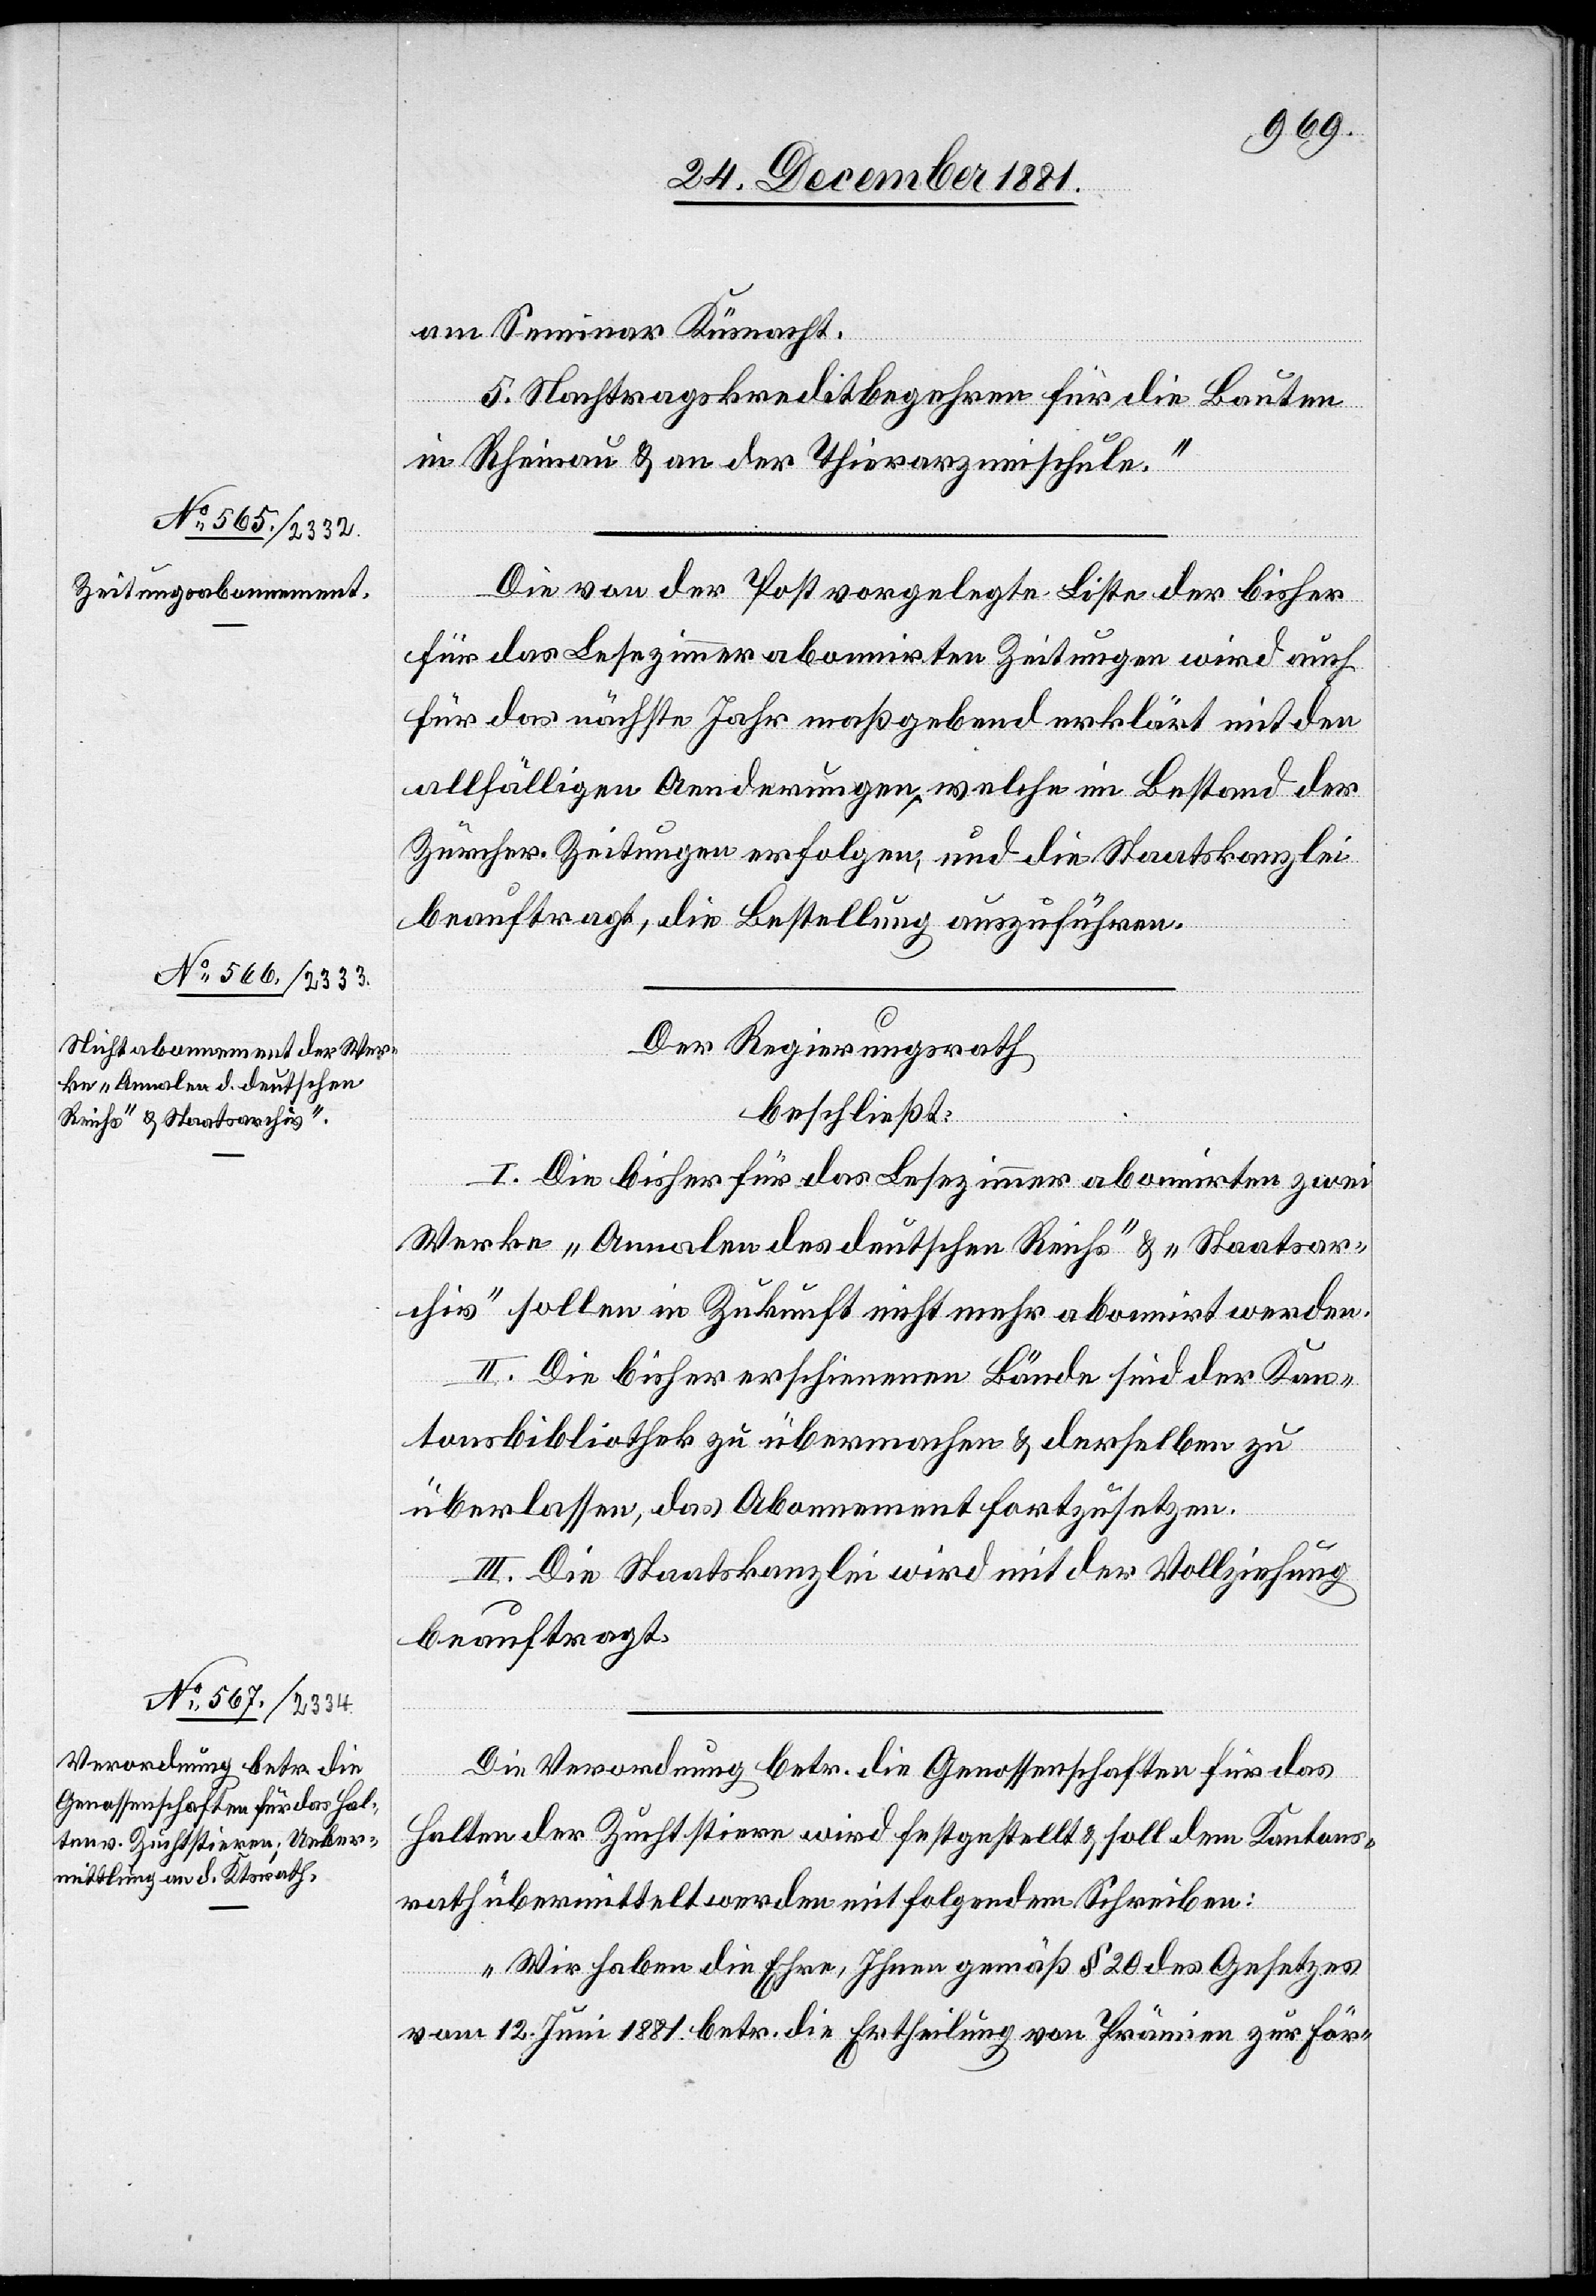
am Seminar Küsnacht.
5. Nachtragskreditbegehren für die Bauten
in Rheinau & an der Thierarzneischule.“
Die von der Post vorgelegte Liste der bisher
für das Lesezimmer abonnirten Zeitungen wird auch
für das nächste Jahr maßgebend erklärt mit den
allfälligen Aenderungen, welche im Bestand der
Zürcher Zeitungen erfolgen, und die Staatskanzlei
beauftragt, die Bestellung auszuführen.
Der Regierungsrath
beschließt:
I. Die bisher für das Lesezimmer abonnirten zwei
Werke „Annalen des deutschen Reichs“ & „Staatsar¬
chiv“ sollen in Zukunft nicht mehr abonnirt werden.
II. Die bisher erschienenen Bände sind der Kan¬
tonsbibliothek zu übermachen & derselben zu
überlassen, das Abonnement fortzusetzen.
III. Die Staatskanzlei wird mit der Vollziehung
beauftragt.
Die Verordnung betr. die Genossenschaften für das
Halten der Zuchtstiere wird festgestellt & soll dem Kantons¬
rath übermittelt werden mit folgendem Schreiben:
„Wir haben die Ehre, Ihnen gemäß § 20 des Gesetzes
vom 12. Juni betr. die Ertheilung von Prämien zur För-